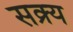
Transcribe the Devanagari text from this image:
सक्र्य